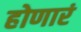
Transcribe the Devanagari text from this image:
होणारं